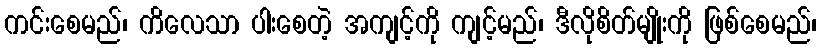
ကင်းစေမည်၊ ကိလေသာ ပါးစေတဲ့ အကျင့်ကို ကျင့်မည်၊ ဒီလိုစိတ်မျိုးကို ဖြစ်စေမည်၊